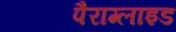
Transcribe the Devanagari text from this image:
पैराग्लाइड